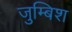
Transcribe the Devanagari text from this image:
जुम्बिश